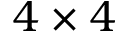
4 \times 4